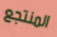
المنتجع